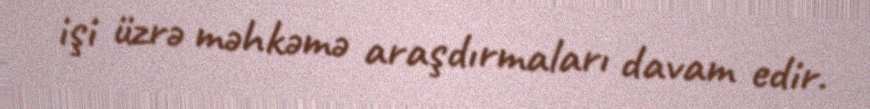
işi üzrə məhkəmə araşdırmaları davam edir.